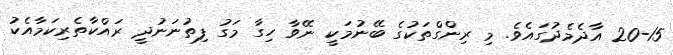
20-15 އާދެމެދުގައެވެ. މި ރިންގްތަކުގެ ބޭނުމަކީ ނޭވާ ހިގާ މަގު ފިތުނަނުދީ ރައްކާތެރިކަމާއެކު